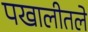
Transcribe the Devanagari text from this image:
पखालीतले